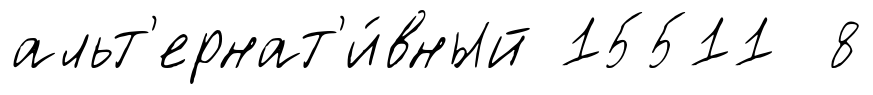
альт'ернат'и́вный 15511 8